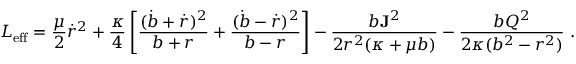
L _ { \mathrm { e f f } } = { \frac { \mu } { 2 } } \dot { r } ^ { 2 } + { \frac { \kappa } { 4 } } \left[ { \frac { ( \dot { b } + \dot { r } ) ^ { 2 } } { b + r } } + { \frac { ( \dot { b } - \dot { r } ) ^ { 2 } } { b - r } } \right] - { \frac { b { \bf J } ^ { 2 } } { 2 r ^ { 2 } ( \kappa + \mu b ) } } - { \frac { b Q ^ { 2 } } { 2 \kappa ( b ^ { 2 } - r ^ { 2 } ) } } \, \, .